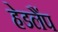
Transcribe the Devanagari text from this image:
हेडलैंप